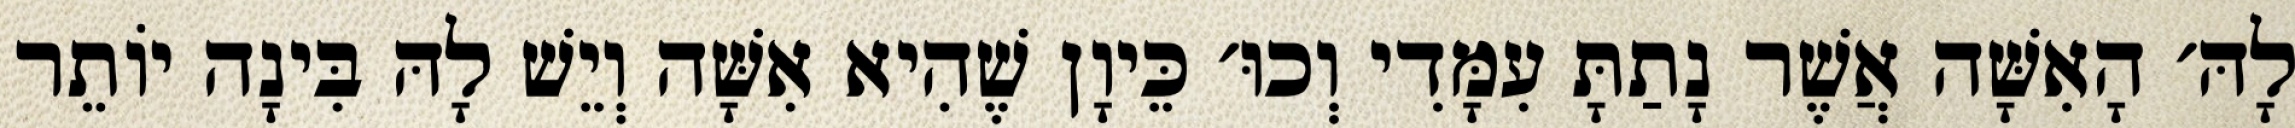
לָהּ׳ הָאִשָּׁה אֲשֶׁר נָתַתָּ עִמָּדִי וְכוּ׳ כֵּיוָן שֶׁהִיא אִשָּׁה וְיֵשׁ לָהּ בִּינָה יוֹתֵר